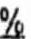
%